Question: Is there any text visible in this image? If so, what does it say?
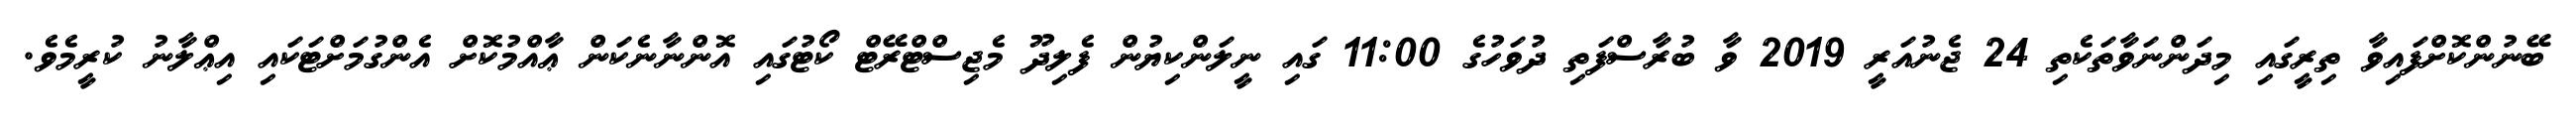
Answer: ބޭނުންކޮށްފައިވާ ތިރީގައި މިދަންނަވާތަކެތި 24 ޖެނުއަރީ 2019 ވާ ބުރާސްފަތި ދުވަހުގެ 11:00 ގައި ނީލަންކިޔުން ފެލިދޫ މެޖިސްޓްރޭޓް ކޯޓުގައި އޮންނާނެކަން ޢާއްމުކޮށް އެންގުމަށްޓަކައި އިޢްލާނު ކުރީމެވެ.